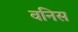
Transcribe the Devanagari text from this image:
वनिस